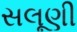
સલૂણી